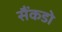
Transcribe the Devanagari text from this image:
सैंकडो